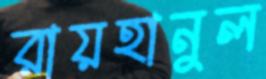
রায়হানুল